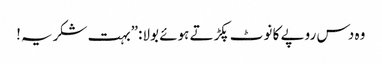
وہ دس روپے کا نوٹ پکڑتے ہوئے بولا:”بہت شکریہ!